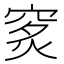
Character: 𥥿